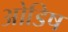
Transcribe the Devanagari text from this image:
ओडिष